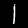
Label: 1